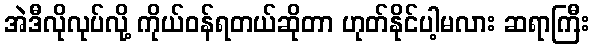
အဲဒီလိုလုပ်လို့ ကိုယ်ဝန်ရတယ်ဆိုတာ ဟုတ်နိုင်ပါ့မလား ဆရာကြီး